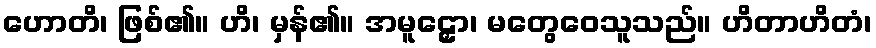
ဟောတိ၊ ဖြစ်၏။ ဟိ၊ မှန်၏။ အမူဠှော၊ မတွေဝေသူသည်။ ဟိတာဟိတံ၊